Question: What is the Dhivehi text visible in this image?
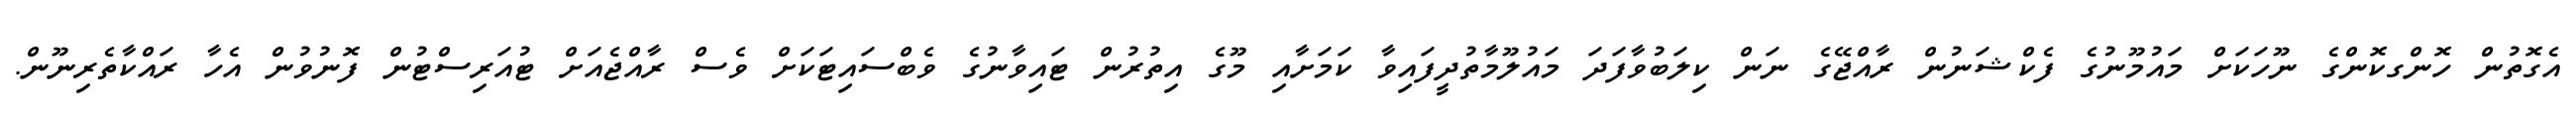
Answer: އެގޮތުން ހޮންގކޮންގެ ނޫހަކަށް މައުމޫނުގެ ފެކްޝަނުން ރާއްޖޭގެ ނަން ކިލަބުވާފަދަ މައުލޫމާތުދީފައިވާ ކަމަށާއި މޫގެ އިތުރުން ޓައިވާނުގެ ވެބްސައިޓަކަށް ވެސް ރާއްޖެއަށް ޓުއަރިސްޓުން ފޮނުވުން އެހާ ރައްކާތެރިނޫން.